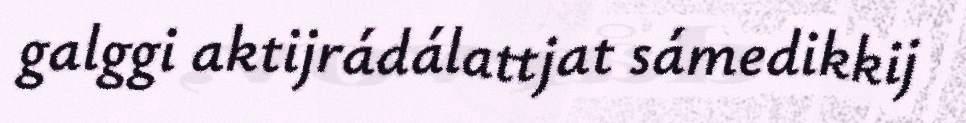
galggi aktijrádálattjat sámedikkij